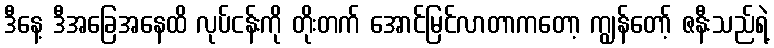
ဒီနေ့ ဒီအခြေအနေထိ လုပ်ငန်းကို တိုးတက် အောင်မြင်လာတာကတော့ ကျွန်တော့် ဇနီးသည်ရဲ့